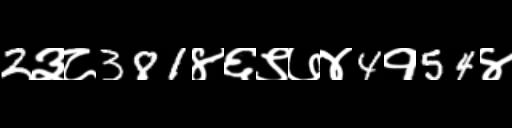
Text: 2३८381४६९७४4१54४